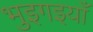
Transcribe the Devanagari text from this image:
भुइगइयाँ